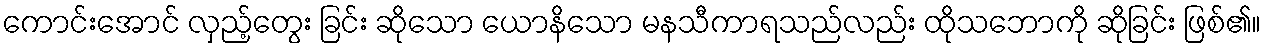
ကောင်းအောင် လှည့်တွေး ခြင်း ဆိုသော ယောနိသော မနသီကာရသည်လည်း ထိုသဘောကို ဆိုခြင်း ဖြစ်၏။